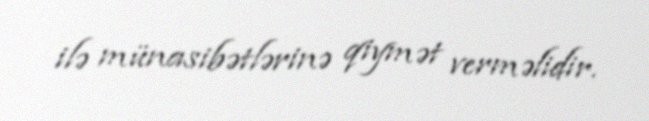
ilə münasibətlərinə qiymət verməlidir.